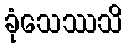
ခုံသေဿသိ